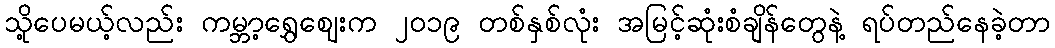
သို့ပေမယ့်လည်း ကမ္ဘာ့ရွှေဈေးက ၂၀၁၉ တစ်နှစ်လုံး အမြင့်ဆုံးစံချိန်တွေနဲ့ ရပ်တည်နေခဲ့တာ